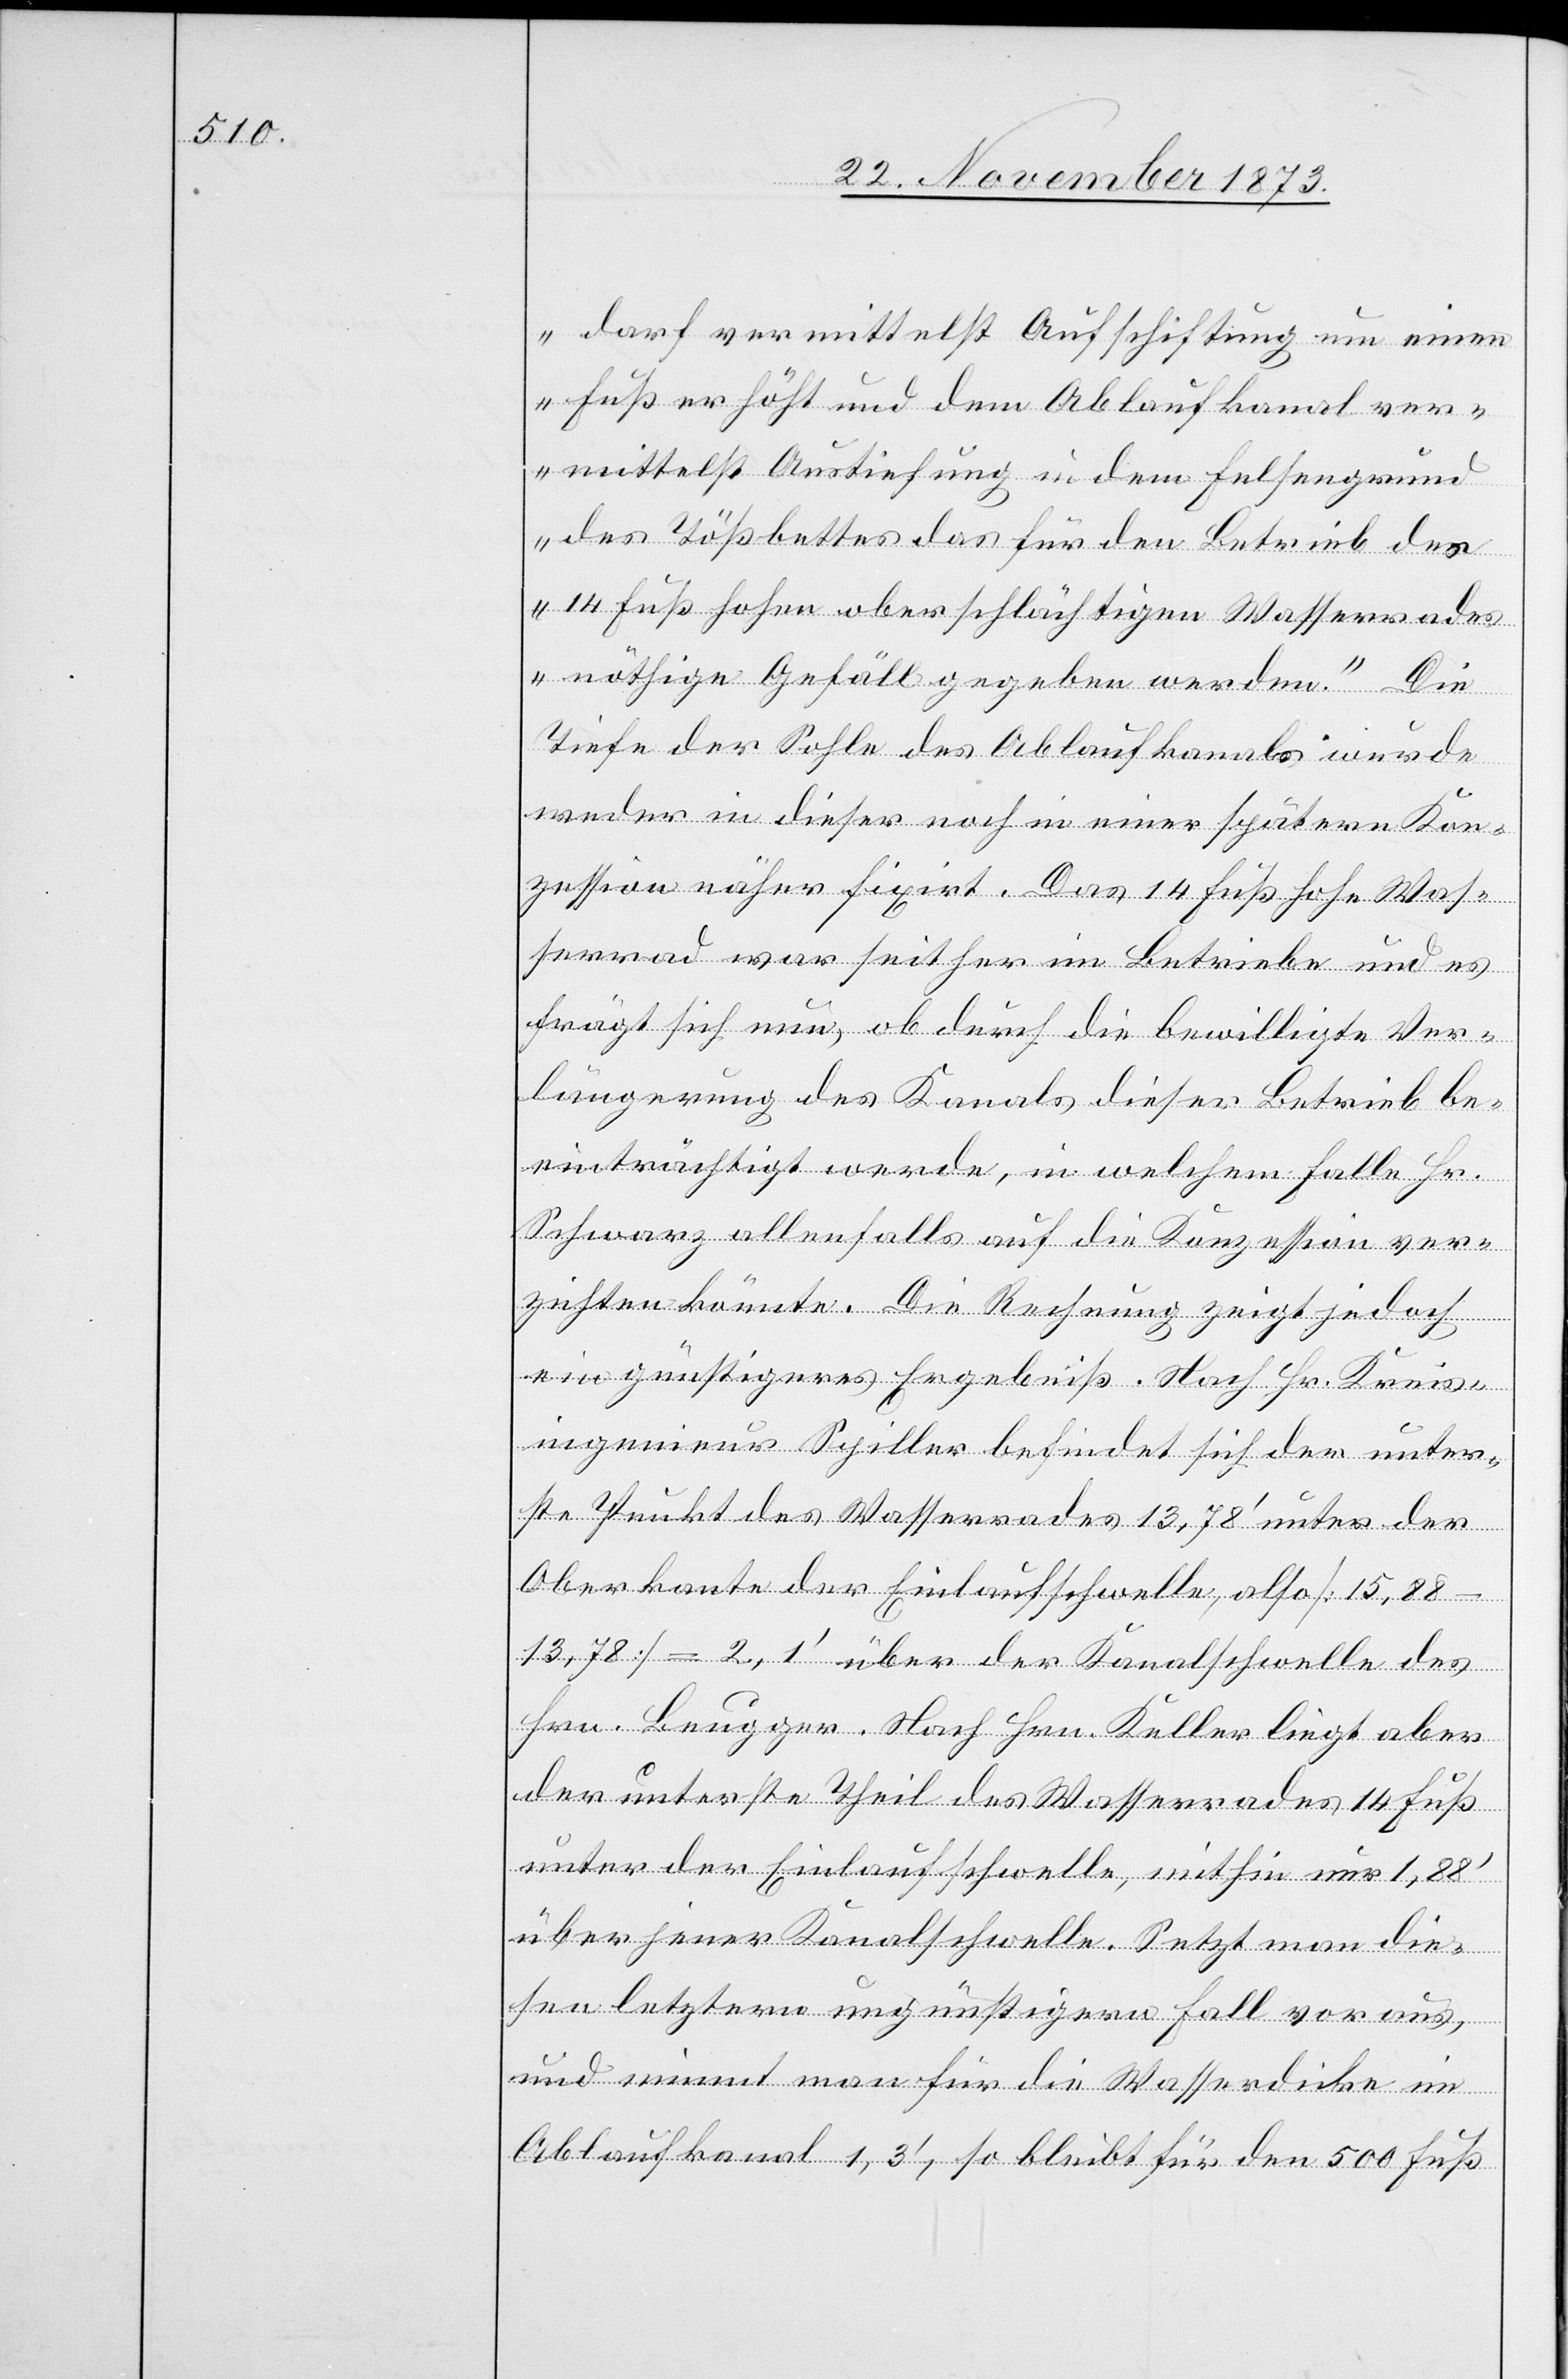
darf vermittelst Aufschiftung um einen
Fuß erhöht und dem Ablaufkanal ver¬
mittelst Austiefung in dem Felsengrund
des Tößbettes das für den Betrieb des
14 Fuß hohen oberschlächtigen Wasserrades
nöthige Gefäll gegeben werden.“ Die
Tiefe der Sohle des Ablaufkanals wurde
weder in dieser noch in einer spätern Kon¬
zession näher fixirt. Das 14 Fuß hohe Was¬
serrad war seither im Betriebe und es
frägt sich nun, ob durch die bewilligte Ver¬
längerung des Kanals dieser Betrieb be¬
einträchtigt werde, in welchem Falle Hr.
Schwarz allenfalls auf die Konzession ver¬
zichten könnte. Die Rechnung zeigt jedoch
ein günstigeres Ergebniß. Nach Hr. Kreis¬
ingenieur Spiller befindet sich der unter¬
ste Punkt des Wasserrades 13,78‘ unter der
Oberkante der Einlaufschwelle, also [15,88
13,78] = 2,1‘ über der Kanalschwelle des
Hrn. Beugger. Nach Hrn. Keller liegt aber
der unterste Theil des Wasserrades 14 Fuß
unter der Einlaufschwelle, mithin nur 1,88‘
über jener Kanalschwelle. Setzt man die¬
sen letztern ungünstigern Fall voraus,
und nimmt man für die Wasserdicke im
Ablaufkanal 1,3‘, so bleibt für den 500 Fuß